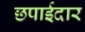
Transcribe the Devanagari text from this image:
छपाईदार